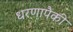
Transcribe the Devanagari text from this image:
धरणापैकी